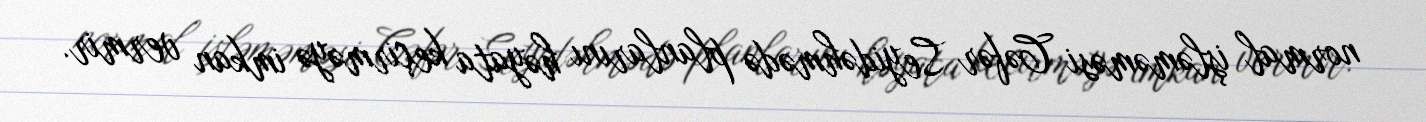
normal işləməməsi Cəfər Seyidəhmədə planlarını həyata keçirməyə imkan vermir.